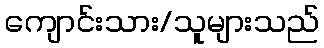
ကျောင်းသား/သူများသည်